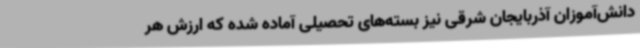
دانش‌آموزان آذربایجان شرقی نیز بسته‌های تحصیلی آماده شده که ارزش هر